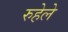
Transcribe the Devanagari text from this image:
रुहेले